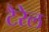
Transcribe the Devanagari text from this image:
टैरेल